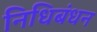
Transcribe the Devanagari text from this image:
निधिबंधन